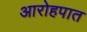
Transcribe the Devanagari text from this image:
आरोहपात